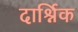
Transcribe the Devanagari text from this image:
दार्श्निक